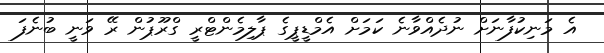
އެ މަނިކުފާނަށް ނުދެއްވާނެ ކަމަށް އެމްޑީޕީގެ ޕާލިމެންޓްރީ ގްރޫޕުން ރޭ ވަނީ ބުނެފަ